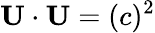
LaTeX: \mathbf{U}\cdot\mathbf{U}=(c)^{2}